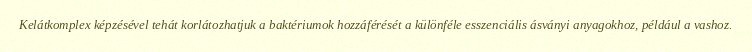
Kelátkomplex képzésével tehát korlátozhatjuk a baktériumok hozzáférését a különféle esszenciális ásványi anyagokhoz, például a vashoz.